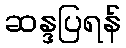
ဆန္ဒပြရန်